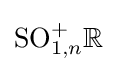
\mathrm {SO} _{1,n}^{+}\mathbb {R}